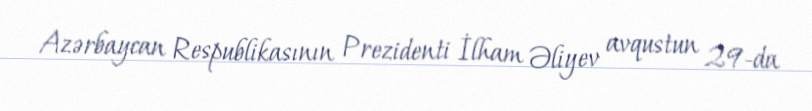
Azərbaycan Respublikasının Prezidenti İlham Əliyev avqustun 29-da